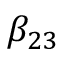
\beta _ { 2 3 }